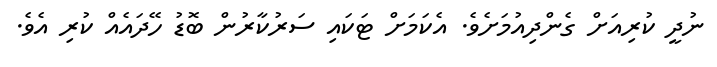
ނުދީ ކުރިއަށް ގެންދިއުމަށެވެ. އެކަމަށް ޓަކައި ސަރުކާރުން ބޮޑު ހޭދައެއް ކުރި އެވެ.